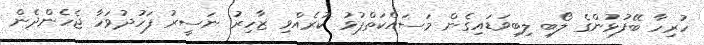
ހުރިހާ ބޭފުޅުންގެ ލޯބި ލިބިވަޑައިގެން މަސައްކަތްޕުޅު ކުރެއްވި ޒާހިރު ނަސީރު ފަހުދުވަހާ ޖެހެންދެން